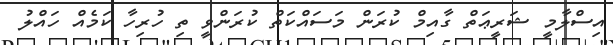
އިސްލާމީ ޝަރީޢަތް ގާއިމް ކުރަން މަސައްކަތް ކުރަންވީ ތި ހުރިހާ ކަމެއް ހައްލު